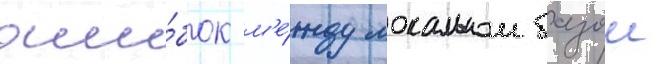
оши́бок м'е́жду локальнои базои